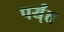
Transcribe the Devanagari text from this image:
पर्य्ंत